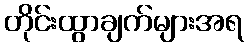
တိုင်းထွာချက်များအရ